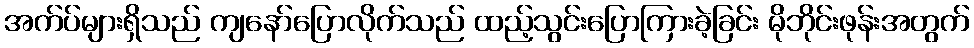
အက်ပ်များရှိသည် ကျနော်ပြောလိုက်သည် ထည့်သွင်းပြောကြားခဲ့ခြင်း မိုဘိုင်းဖုန်းအတွက်